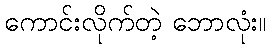
ကောင်းလိုက်တဲ့ ဘောလုံး။